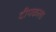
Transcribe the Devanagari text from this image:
दीपकला